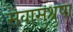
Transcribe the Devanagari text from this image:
सेवासुश्रुषा